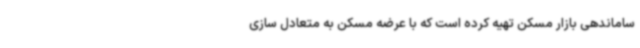
ساماندهی بازار مسکن تهیه کرده است که با عرضه مسکن به متعادل سازی